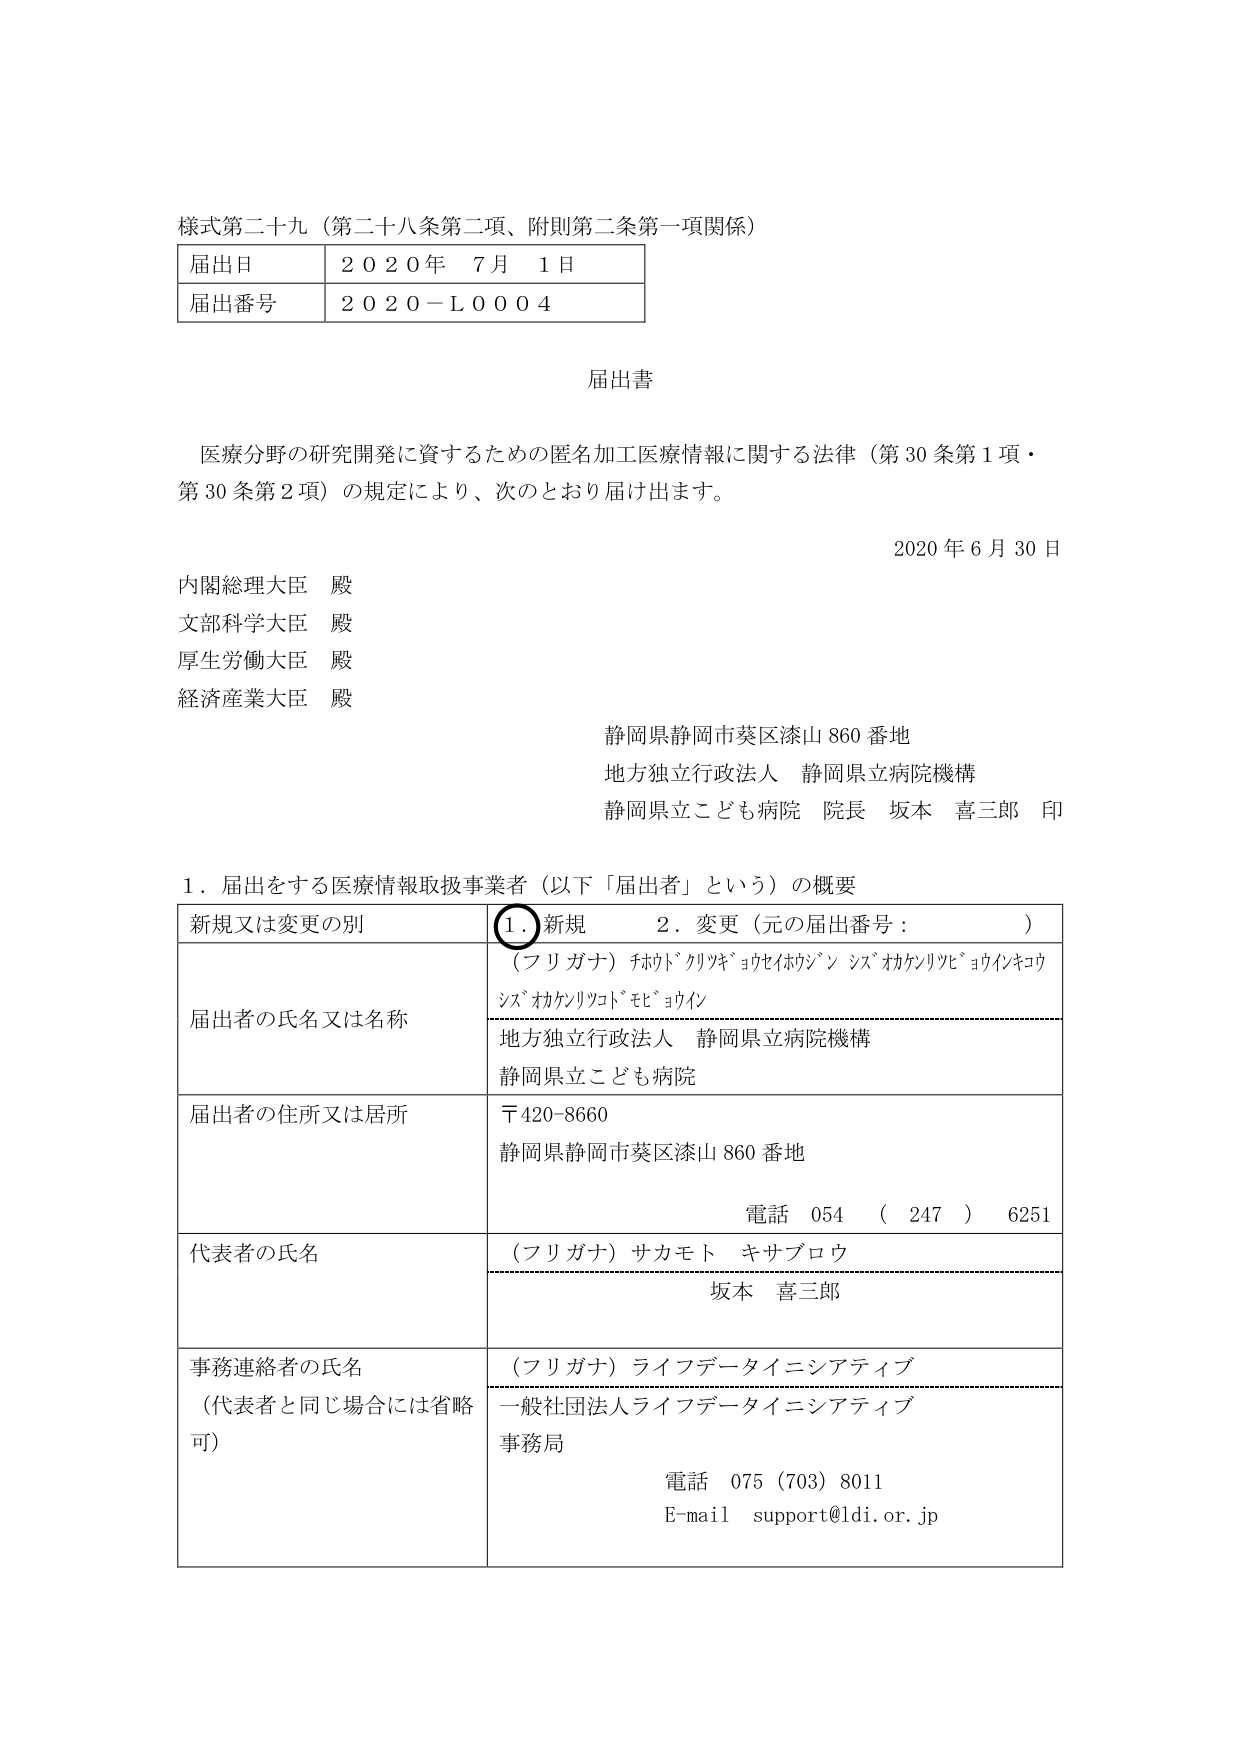
様式第二十九（第二十八条第二項、附則第二条第一項関係）

届出日　２０２０年　７月　１日
届出番号　２０２０－Ｌ０００４

届出書

医療分野の研究開発に資するための匿名加工医療情報に関する法律（第30条第1項・第30条第2項）の規定により、次のとおり届け出ます。

2020年6月30日

内閣総理大臣　殿
文部科学大臣　殿
厚生労働大臣　殿
経済産業大臣　殿

静岡県静岡市葵区漆山860番地
地方独立行政法人　静岡県立病院機構
静岡県立こども病院　院長　坂本　喜三郎　印

1．届出をする医療情報取扱事業者（以下「届出者」という）の概要

| 新規又は変更の別 | ① 新規　2．変更（元の届出番号：　　　　） |
|------------------|------------------------------------------|
| 届出者の氏名又は名称 | （フリガナ）チカド クリキ ヨウセイホウジン シズオカケンリツビョウインキコウ シズオカケンリツコドモビョウイン<br>地方独立行政法人　静岡県立病院機構<br>静岡県立こども病院 |
| 届出者の住所又は居所 | 〒420-8660<br>静岡県静岡市葵区漆山860番地<br>電話　054　（　247　）　6251 |
| 代表者の氏名 | （フリガナ）サカモト　キサブロウ<br>坂本　喜三郎 |
| 事務連絡者の氏名<br>（代表者と同じ場合には省略可） | （フリガナ）ライフデータイニシアティブ<br>一般社団法人ライフデータイニシアティブ<br>事務局<br>電話　075（703）8011<br>E-mail　support@ldi.or.jp |